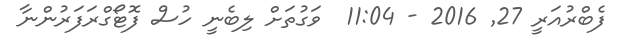
ފެބްރުއަރީ 27